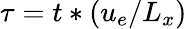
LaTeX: \tau=t*\left(u_{e}/L_{x}\right)